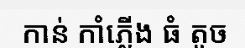
កាន់ កាំភ្លើង ធំ តូច